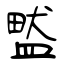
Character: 盢